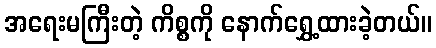
အရေးမကြီးတဲ့ ကိစ္စကို နောက်ရွှေ့ထားခဲ့တယ်။